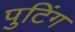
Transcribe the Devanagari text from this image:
पुटिंग